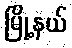
မြို့နယ်